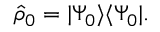
\begin{array} { r } { \hat { \rho } _ { 0 } = \ensuremath { \vert \Psi _ { 0 } \rangle } \ensuremath { \langle \Psi _ { 0 } \vert } . } \end{array}